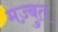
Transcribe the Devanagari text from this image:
मज़्बुत